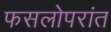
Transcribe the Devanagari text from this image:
फसलोपरांत